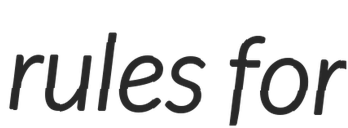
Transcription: rules for